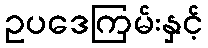
ဥပဒေကြမ်းနှင့်